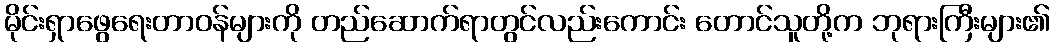
မိုင်းရှာဖွေရေးတာဝန်များကို တည်ဆောက်ရာတွင်လည်းကောင်း တောင်သူတို့က ဘုရားကြီးများ၏